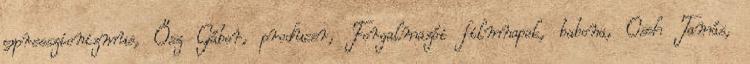
expresszionizmus, Ősz Gábor, producer, Forgalmazói filmnapok, babona, Cseh Tamás,